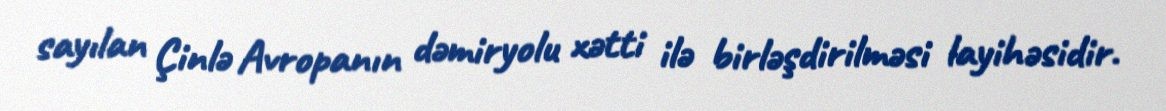
sayılan Çinlə Avropanın dəmiryolu xətti ilə birləşdirilməsi layihəsidir.